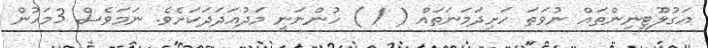
އަގުލޫޓިނިންތައް ނުވަތަ ހަށިދަމަނަތައް ( / ) ހުންނަނީ މަދުއަދަދަކަށެވެ. ނަމަވެސް 3މަހުން